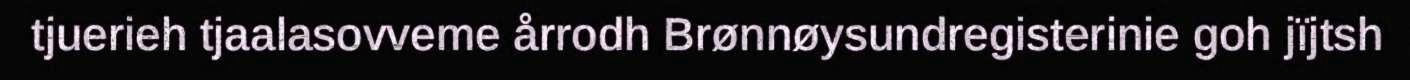
tjuerieh tjaalasovveme årrodh Brønnøysundregisterinie goh jïjtsh